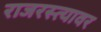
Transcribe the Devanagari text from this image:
राजरस्त्यावर